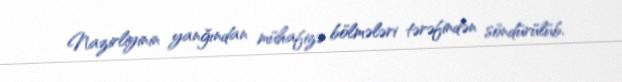
Nazirliyinin yanğından mühafizə bölmələri tərəfindən söndürülüb.